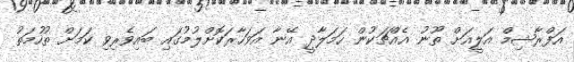
އަފްރާޝިމް އަލީއަށް ތޫނު އެއްޗަކުން ހަމަލާދީ އޭނާ އަވަހާރަކޮށްލުމުގައި ބައިވެރިވި ކަމަށް ތުހުމަތު